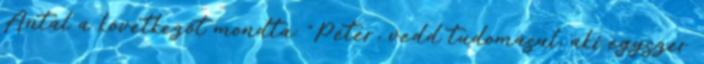
Antal a következőt mondta: "Péter, vedd tudomásul, aki egyszer